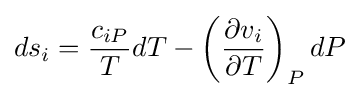
d{s_{i}}={{c_{iP}} \over T}dT-\left({{\partial v_{i}} \over {\partial T}}\right)_{P}dP